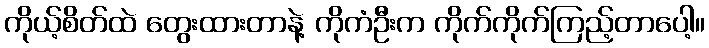
ကိုယ့်စိတ်ထဲ တွေးထားတာနဲ့ ကိုကံဦးက ကိုက်ကိုက်ကြည့်တာပေါ့။